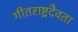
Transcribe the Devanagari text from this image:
गीतराष्ट्रदैवता